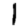
Digit: 1